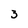
Character: 3